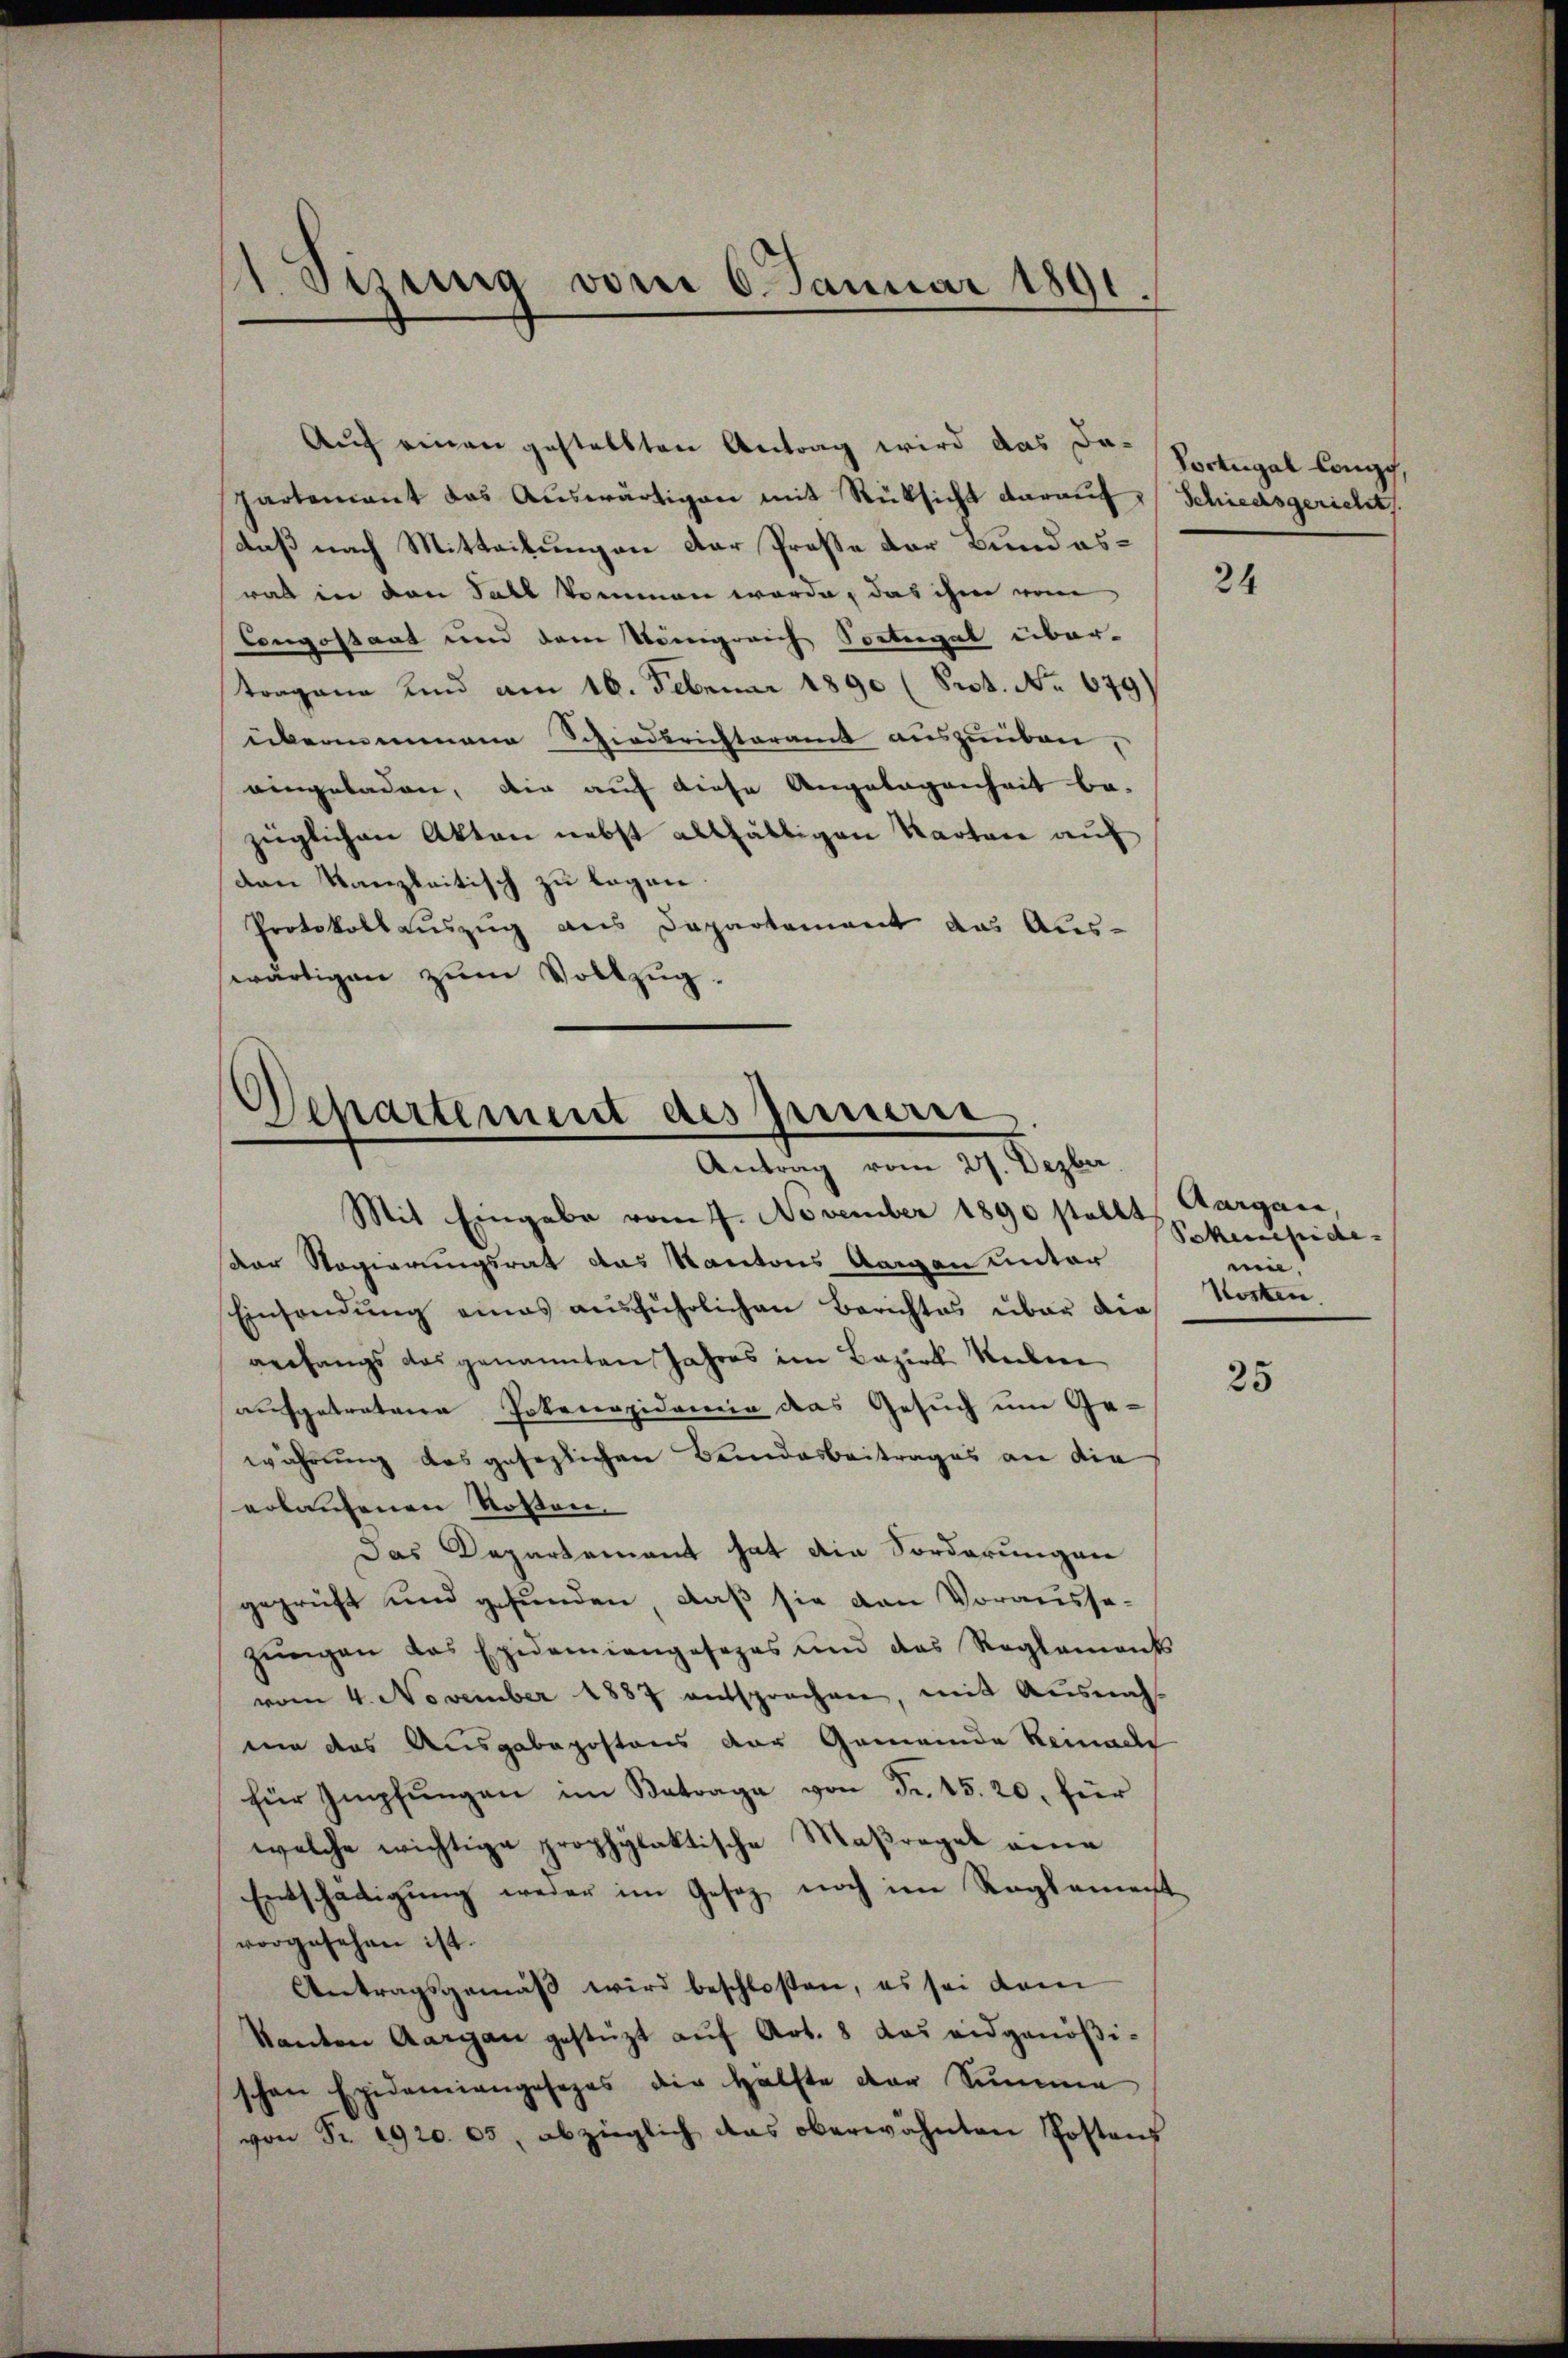
Sisung vom 6. Januar 1891.

partement das Auswärtigen mit Rüksicht darauf Schiedsgericht
daß nach Mitteilungen der Prose der Bundesrat in den Fall kommen werde, das ihm vom
Congostaat und dem Königreich Sorteigel über-
torgane und am 16. Februar 1890 (Prot. No 679)
übernommene Schiedsrichteramt auszuüben,
eingeladen, die auf diese Angelegenheit be-
züglichen Akten nebst allfältigen Karten auf
den Kanzleitisch zu legen.
Protokollauszug aus Departement das Aus-
swärtigen zum Vollzug.

Auf einen gestellten Antrag wird das Da¬

Departement des Innern.
Antrag vom 27. Dezber

Mit Eingabe vom 7. November 1890 stellt, Aargau
der Regierungsrat das Kantons Aargau unter
Einsendung eines ausführlichen Berichtes über die
anfangs das genannten Jahres im Bezirk Reben
aufgetretene Potecapidemie das Gesuch um Ge-
währung das gesezlichen Bundesbeitrages an die
erlaufenen Kosten.
Das Departement hat die Sorderungen
geprüft und gefunden, daß sie den Vorausse-
zŭngen das Epidemiengesezes und das Reglements
vom 4. November 1887 entsprechen, mit Ausnah
mie das Ausgabepostens der Gemeinde Keinach
für Impfungen im Betrage von Fr. 15. 20, für
welche wichtige prophylaktische Maßregel eine
Entschädigŭng weder im Gesetz noch im Reglement
vorgesehen ist.
Antragsgemäß wird beschloßen, es sei dem
kanton Aargau gestützt auf Art. 8 das eidgenößischon Epidemiangesezes der Hälfte der Summe
von Fr. 1920. 05, abzüglich das oberwähnten Postens

Portugal Compp,

24

Pakeschide-
mie,
Kosten.

25